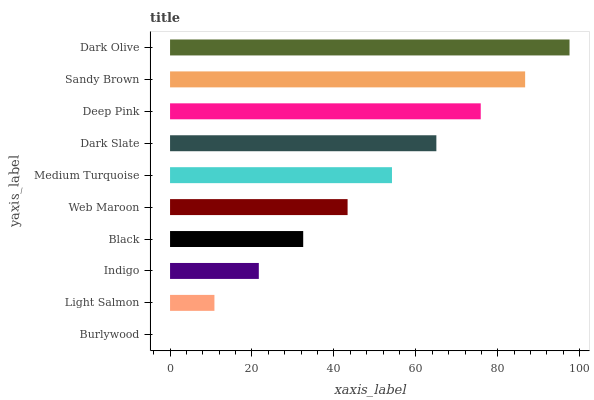
| yaxis_label | bars |
 | --- | --- |
 | Burlywood | 0 |
 | Light Salmon | 10.8 |
 | Indigo | 21.7 |
 | Black | 32.5 |
 | Web Maroon | 43.3 |
 | Medium Turquoise | 54.2 |
 | Dark Slate | 65 |
 | Deep Pink | 75.8 |
 | Sandy Brown | 86.7 |
 | Dark Olive | 97.5 |